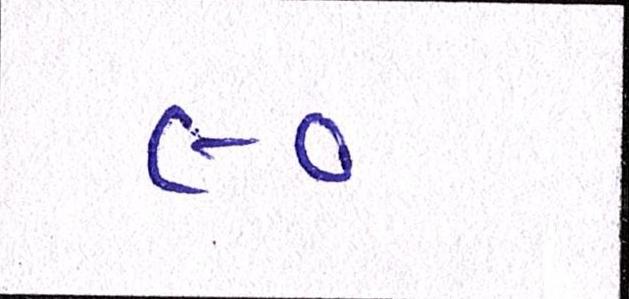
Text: ૯૦